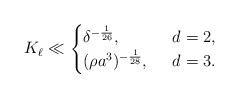
LaTeX: \begin{align*} K_\ell \ll \begin{cases}\delta^{-\frac {1}{26}}, \; & \; d=2, \\(\rho a^3)^{-\frac 1 {28}}, \; & \; d=3.\end{cases}\end{align*}